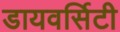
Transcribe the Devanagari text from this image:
डायवर्सिटी